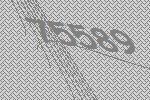
75589